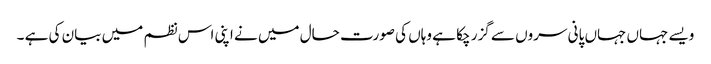
ویسے جہاں جہاں پانی سروں سے گزر چکا ہے وہاں کی صورت حال میں نے اپنی اس نظم میں بیان کی ہے ۔